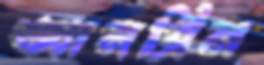
আমব্রিন